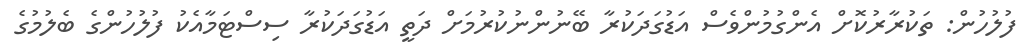
ފުލުހުން: ތަކުރާރުކޮށް އެންގުމުންވެސް އަޑުގަދަކުރާ ބޭނުންނުކުރުމަށް ދަތީ އަޑުގަދަކުރާ ސިސްޓަމާއެކު ފުލުހުންގެ ބެލުމުގެ